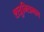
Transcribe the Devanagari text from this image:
शत्रुमित्रभाव